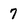
Character: 7